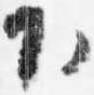
下